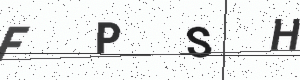
Text: FPSH